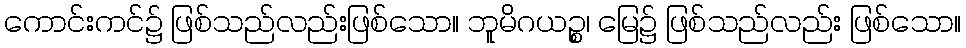
ကောင်းကင်၌ ဖြစ်သည်လည်းဖြစ်သော။ ဘူမိဂယဉ္စ၊ မြေ၌ ဖြစ်သည်လည်း ဖြစ်သော။